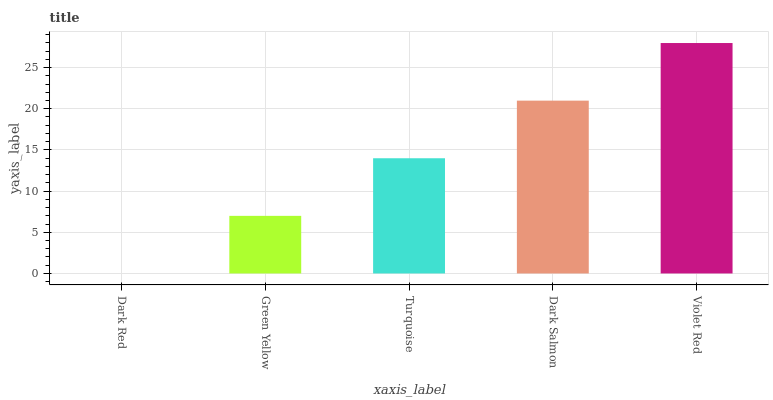
| xaxis_label | bars |
 | --- | --- |
 | Dark Red | 0 |
 | Green Yellow | 6.99 |
 | Turquoise | 14 |
 | Dark Salmon | 21 |
 | Violet Red | 28 |